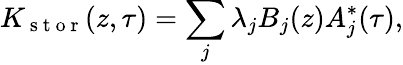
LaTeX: K_{\mathrm{~s~t~o~r~}}(z,\tau)=\sum_{j}\lambda_{j}B_{j}(z)A_{j}^{*}(\tau),